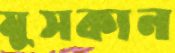
মুসকান